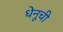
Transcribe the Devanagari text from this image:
धेनूची